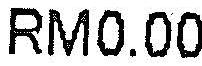
RM0.00